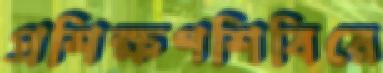
প্রশিক্ষণশিবিরে